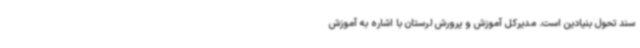
سند تحول بنیادین است. مدیرکل آموزش و پرورش لرستان با اشاره به آموزش